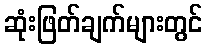
ဆုံးဖြတ်ချက်များတွင်